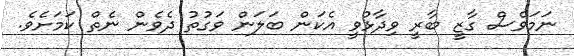
ނަމަވެސް ގާޒީ ބާރީ ވިދާޅުވީ އެކަން ބަލަން ވަގުތު ދެވެން ނެތް ކަމަށެވެ.